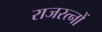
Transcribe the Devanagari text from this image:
राजरत्नों